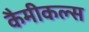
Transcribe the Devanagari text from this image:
कैमीकल्स